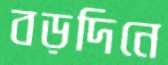
বড়দিনে